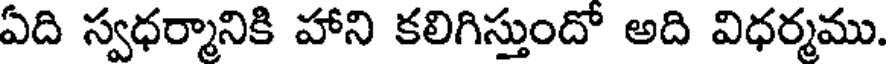
ఏది స్వధర్మానికి హాని కలిగిస్తుందో అది విధర్మము.